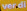
verdl